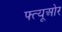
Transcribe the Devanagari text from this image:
फ्त्यूओर